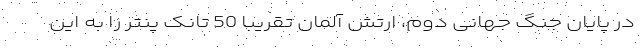
در پایان جنگ جهانی دوم، ارتش آلمان تقریبا 50 تانک پنتر را به این